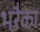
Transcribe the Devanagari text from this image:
भरैका